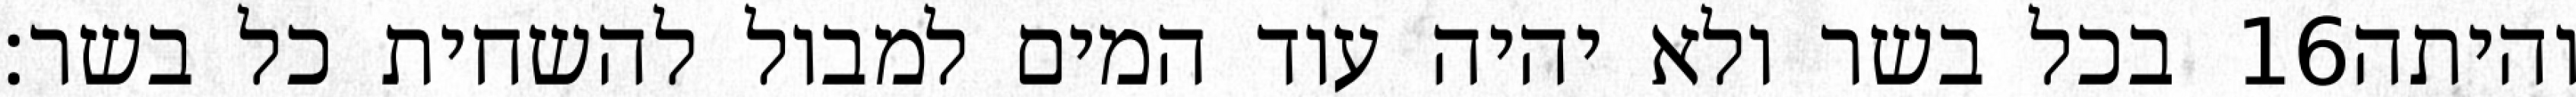
בכל בשר ולא יהיה עוד המים למבול להשחית כל בשר׃ ‎16‏ והיתה